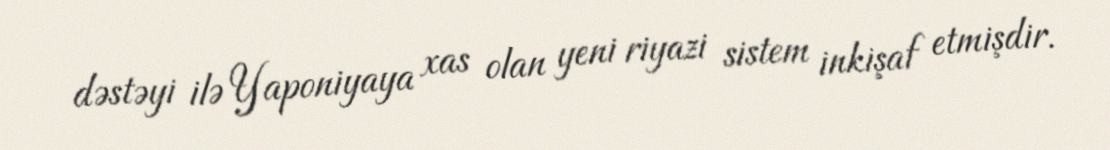
dəstəyi ilə Yaponiyaya xas olan yeni riyazi sistem inkişaf etmişdir.